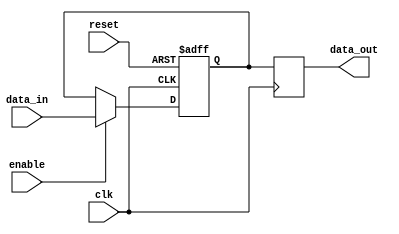
module enable_latch (
    input wire clk,
    input wire reset,
    input wire enable,
    input wire data_in,
    output reg data_out
);

reg dff;

always @(posedge clk or posedge reset) begin
    if (reset) begin
        dff <= 1'b0;
    end else begin
        if (enable) begin
            dff <= data_in;
        end
    end
end

always @(posedge clk) begin
    data_out <= dff;
end

endmodule